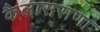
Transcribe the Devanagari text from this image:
कैलासराणा